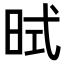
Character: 𪰜